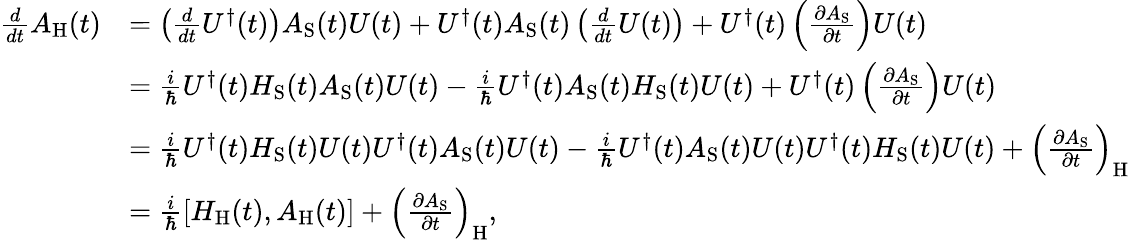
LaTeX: {\begin{array}{rl}{{\frac{d}{dt}}A_{\mathrm{{H}}}(t)}&{=\left({\frac{d}{dt}}U^{\dagger}(t)\right)A_{\mathrm{{S}}}(t)U(t)+U^{\dagger}(t)A_{\mathrm{{S}}}(t)\left({\frac{d}{dt}}U(t)\right)+U^{\dagger}(t)\left({\frac{\partial A_{\mathrm{{S}}}}{\partial t}}\right)U(t)}\\ &{={\frac{i}{\hbar}}U^{\dagger}(t)H_{\mathrm{{S}}}(t)A_{\mathrm{{S}}}(t)U(t)-{\frac{i}{\hbar}}U^{\dagger}(t)A_{\mathrm{{S}}}(t)H_{\mathrm{{S}}}(t)U(t)+U^{\dagger}(t)\left({\frac{\partial A_{\mathrm{{S}}}}{\partial t}}\right)U(t)}\\ &{={\frac{i}{\hbar}}U^{\dagger}(t)H_{\mathrm{{S}}}(t)U(t)U^{\dagger}(t)A_{\mathrm{{S}}}(t)U(t)-{\frac{i}{\hbar}}U^{\dagger}(t)A_{\mathrm{{S}}}(t)U(t)U^{\dagger}(t)H_{\mathrm{{S}}}(t)U(t)+\left({\frac{\partial A_{\mathrm{{S}}}}{\partial t}}\right)_{\mathrm{{H}}}}\\ &{={\frac{i}{\hbar}}[H_{\mathrm{{H}}}(t),A_{\mathrm{{H}}}(t)]+\left({\frac{\partial A_{\mathrm{{S}}}}{\partial t}}\right)_{\mathrm{{H}}},}\end{array}}